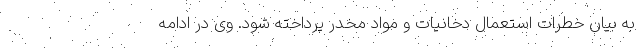
به بیان خطرات استعمال دخانیات و مواد مخدر پرداخته شود. وی در ادامه